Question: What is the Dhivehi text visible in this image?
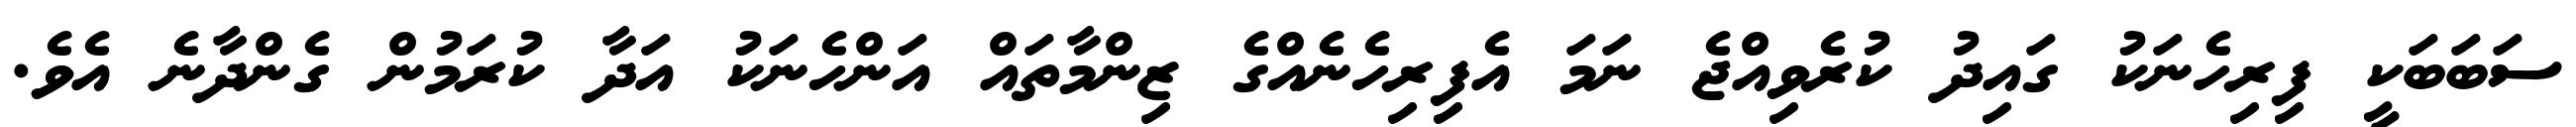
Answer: ސަބަބަކީ ފިރިހެނަކު ގައިދު ކުރެވިއްޖެ ނަމަ އެފިރިހެނެއްގެ ޒިންމާތައް އަންހެނަކު އަދާ ކުރަމުން ގެންދާނެ އެވެ.